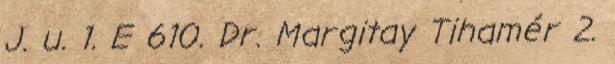
J. u. 1. E 610. Dr. Margitay Tihamér 2.